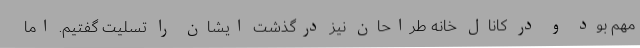
مهم بود و در کانال خانه طراحان نیز درگذشت ایشان را تسلیت گفتیم. اما